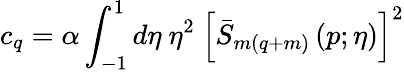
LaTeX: c_{q}=\alpha\int_{-1}^{1}d\eta\ \eta^{2}\ \left[\bar{S}_{m(q+m)}\left(p;\eta\right)\right]^{2}